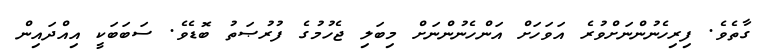
ގާތެވެ. ފިރިހެނުންނަށްވުރެ އަވަހަށް އަންހެނުންނަށް މިބަލި ޖެހުމުގެ ފުރުޞަތު ބޮޑެވެ. ސަބަބަކީ އިއްދައިން